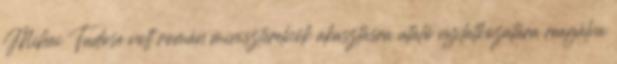
Mihai Tudose volt román miniszterelnök akasztásra utaló nyilatkozatára reagálva